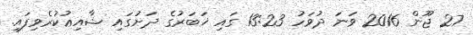
27 ޖޫން 2016 ވަނަ ދުވަހު 13:23 ގައި ޚަބަރުގެ ދަށުގައި ޝާއިޢުކުރެވިފައި.